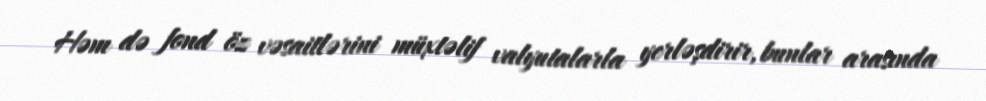
Həm də fond öz vəsaitlərini müxtəlif valyutalarla yerləşdirir, bunlar arasında